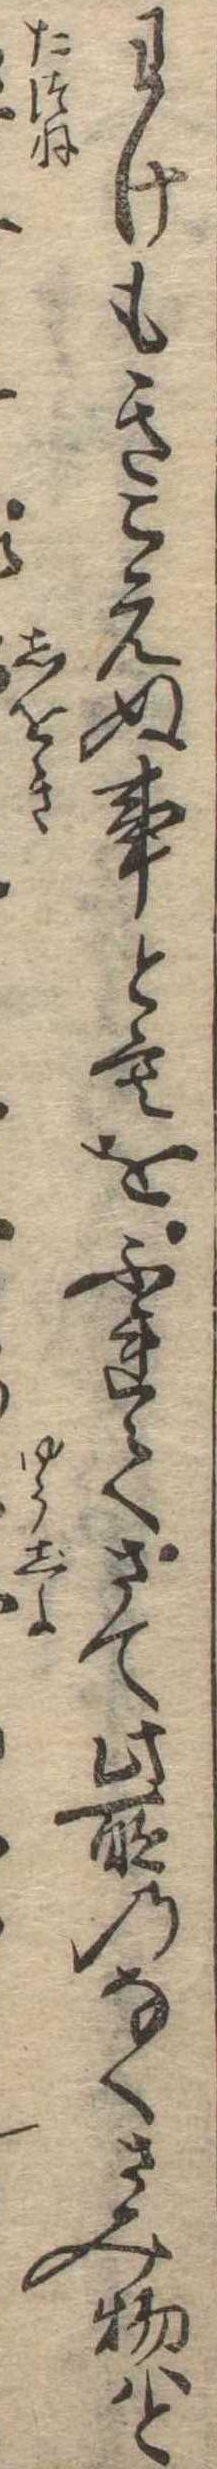
わけもきこえぬ事ともをふれてさて此所のなくさみ物はと